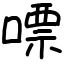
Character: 嘌